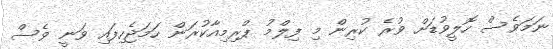
ނަމަވެސް ހޮލީވުޑަށް ވުރެ ކުރިން މި ފިލްމު ޕްރިމިއާކުރަން ހަމަޖެހިފައި ވަނީ ވެސް